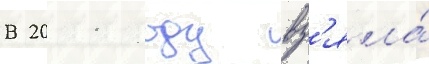
В 2011 году вз'яла́